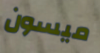
ميسون